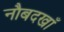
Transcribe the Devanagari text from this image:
नौबदखाँ